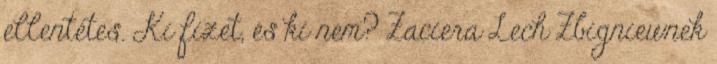
ellentétes. Ki fizet, és ki nem? Zaciera Lech Zbigniewnek